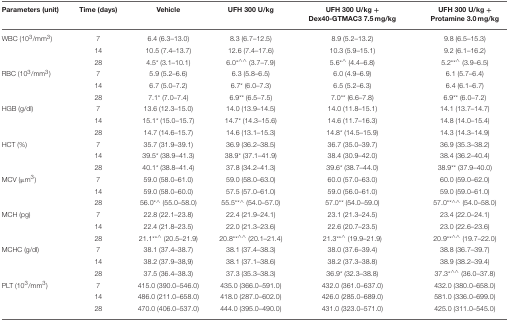
<table><thead><tr><td><b>Parameters (unit)</b></td><td><b>Time (days)</b></td><td><b>Vehicle</b></td><td><b>UFH 300 U/kg</b></td><td><b>UFH 300 U/kg + Dex40-GTMAC3 7.5 mg/kg</b></td><td><b>UFH 300 U/kg + Protamine 3.0 mg/kg</b></td></tr></thead><tbody><tr><td>WBC (10<sup>3</sup>/mm<sup>3</sup>)</td><td>7</td><td>6.4 (6.3–13.0)</td><td>8.3 (6.7–12.5)</td><td>8.9 (5.2–13.2)</td><td>9.8 (6.5–15.3)</td></tr><tr><td></td><td>14</td><td>10.5 (7.4–13.7)</td><td>12.6 (7.4–17.6)</td><td>10.3 (5.9–15.1)</td><td>9.2 (6.1–16.2)</td></tr><tr><td></td><td>28</td><td>4.5<sup>*</sup> (3.1–10.1)</td><td>6.0<sup>*</sup><sup>∧∧</sup> (3.7–7.9)</td><td>5.6<sup>*</sup><sup>∧</sup> (4.4–6.8)</td><td>5.2<sup>**</sup><sup>∧</sup> (3.9–6.5)</td></tr><tr><td>RBC (10<sup>3</sup>/mm<sup>3</sup>)</td><td>7</td><td>5.9 (5.2–6.6)</td><td>6.3 (5.8–6.5)</td><td>6.0 (4.9–6.9)</td><td>6.1 (5.7–6.4)</td></tr><tr><td></td><td>14</td><td>6.7 (5.0–7.2)</td><td>6.7<sup>*</sup> (6.0–7.3)</td><td>6.5 (5.2–6.3)</td><td>6.4 (6.1–6.7)</td></tr><tr><td></td><td>28</td><td>7.1<sup>*</sup> (7.0–7.4)</td><td>6.9<sup>**</sup> (6.5–7.5)</td><td>7.0<sup>**</sup> (6.6–7.8)</td><td>6.9<sup>**</sup> (6.0–7.2)</td></tr><tr><td>HGB (g/dl)</td><td>7</td><td>13.6 (12.3–15.0)</td><td>14.0 (13.9–14.5)</td><td>14.0 (11.8–15.1)</td><td>14.1 (13.7–14.7)</td></tr><tr><td></td><td>14</td><td>15.1<sup>*</sup> (15.0–15.7)</td><td>14.7<sup>*</sup> (14.3–15.6)</td><td>14.6 (11.7–16.3)</td><td>14.8 (14.0–15.4)</td></tr><tr><td></td><td>28</td><td>14.7 (14.6–15.7)</td><td>14.6 (13.1–15.3)</td><td>14.8<sup>*</sup> (14.5–15.9)</td><td>14.3 (14.3–14.9)</td></tr><tr><td>HCT (%)</td><td>7</td><td>35.7 (31.9–39.1)</td><td>36.9 (36.2–38.5)</td><td>36.7 (35.0–39.7)</td><td>36.9 (35.3–38.2)</td></tr><tr><td></td><td>14</td><td>39.5<sup>*</sup> (38.9–41.3)</td><td>38.9<sup>*</sup> (37.1–41.9)</td><td>38.4 (30.9–42.0)</td><td>38.4 (36.2–40.4)</td></tr><tr><td></td><td>28</td><td>40.1<sup>*</sup> (38.8–41.4)</td><td>37.8 (34.2–41.3)</td><td>39.6<sup>*</sup> (38.7–44.0)</td><td>38.9<sup>**</sup> (37.9–40.0)</td></tr><tr><td>MCV (μm<sup>3</sup>)</td><td>7</td><td>59.0 (58.0–61.0)</td><td>59.0 (58.0–63.0)</td><td>60.0 (57.0–63.0)</td><td>60.0 (59.0–62.0)</td></tr><tr><td></td><td>14</td><td>59.0 (58.0–60.0)</td><td>57.5 (57.0–61.0)</td><td>59.0 (56.0–61.0)</td><td>59.0 (59.0–61.0)</td></tr><tr><td></td><td>28</td><td>56.0<sup>*</sup><sup>∧</sup> (55.0–58.0)</td><td>55.5<sup>**</sup><sup>∧</sup> (54.0–57.0)</td><td>57.0<sup>**</sup> (54.0–59.0)</td><td>57.0<sup>**</sup><sup>∧∧</sup> (54.0–58.0)</td></tr><tr><td>MCH (pg)</td><td>7</td><td>22.8 (22.1–23.8)</td><td>22.4 (21.9–24.1)</td><td>23.1 (21.3–24.5)</td><td>23.4 (22.0–24.1)</td></tr><tr><td></td><td>14</td><td>22.4 (21.8–23.5)</td><td>22.0 (21.3–23.6)</td><td>22.6 (20.7–23.5)</td><td>23.0 (22.6–23.6)</td></tr><tr><td></td><td>28</td><td>21.1<sup>**</sup><sup>∧</sup> (20.5–21.9)</td><td>20.8<sup>**</sup><sup>∧∧</sup> (20.1–21.4)</td><td>21.3<sup>**</sup><sup>∧</sup> (19.9–21.9)</td><td>20.9<sup>**</sup><sup>∧∧</sup> (19.7–22.0)</td></tr><tr><td>MCHC (g/dl)</td><td>7</td><td>38.1 (37.4–38.7)</td><td>38.1 (37.4–38.3)</td><td>38.0 (37.6–39.4)</td><td>38.8 (36.7–39.7)</td></tr><tr><td></td><td>14</td><td>38.2 (37.9–38,9)</td><td>38.1 (37.1–38.6)</td><td>38.2 (37.3–38.8)</td><td>38.9 (38.2–39.4)</td></tr><tr><td></td><td>28</td><td>37.5 (36.4–38.3)</td><td>37.3 (35.3–38.3)</td><td>36.9<sup>*</sup> (32.3–38.8)</td><td>37.3<sup>*</sup><sup>∧∧</sup> (36.0–37.8)</td></tr><tr><td>PLT (10<sup>3</sup>/mm<sup>3</sup>)</td><td>7</td><td>415.0 (390.0–546.0)</td><td>435.0 (366.0–591.0)</td><td>432.0 (361.0–637.0)</td><td>432.0 (380.0–658.0)</td></tr><tr><td></td><td>14</td><td>486.0 (211.0–658.0)</td><td>418.0 (287.0–602.0)</td><td>426.0 (285.0–689.0)</td><td>581.0 (336.0–699.0)</td></tr><tr><td></td><td>28</td><td>470.0 (406.0–537.0)</td><td>444.0 (395.0–490.0)</td><td>431.0 (323.0–571.0)</td><td>425.0 (311.0–545.0)</td></tr></tbody></table>